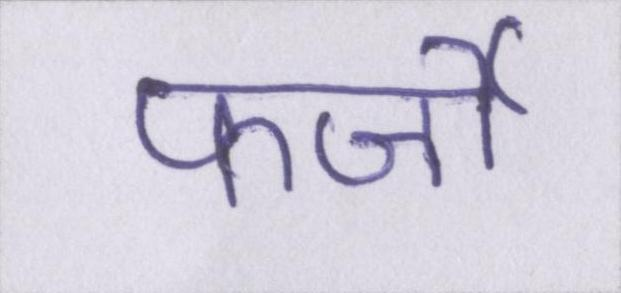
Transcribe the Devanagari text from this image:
फर्जी